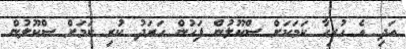
އަދި އެ ހުރިހާ ކަމަކަށް ސްކޫލުން ފަހުން ހަރަދު ކުރި ކަމަށް ސްކޫލުން